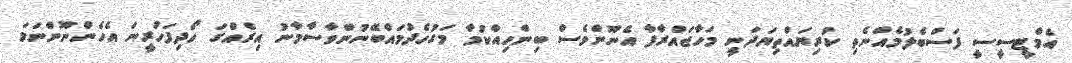
އެމްޓީސީސީ ފަސްބެލުމެއްނެތި ކުރިޔައްތިޔަދަނީ މަހާޖައްރާފާ އެނޫންވެސް ބިންހިއްކުމާ މަގުހެދުމައްބޭނުންވާސާމާނު އިރެއްގަ ހޯދިފަހުރީނަ އެހެންނޫންނަމަ